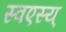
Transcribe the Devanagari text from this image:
स्वएस्य्